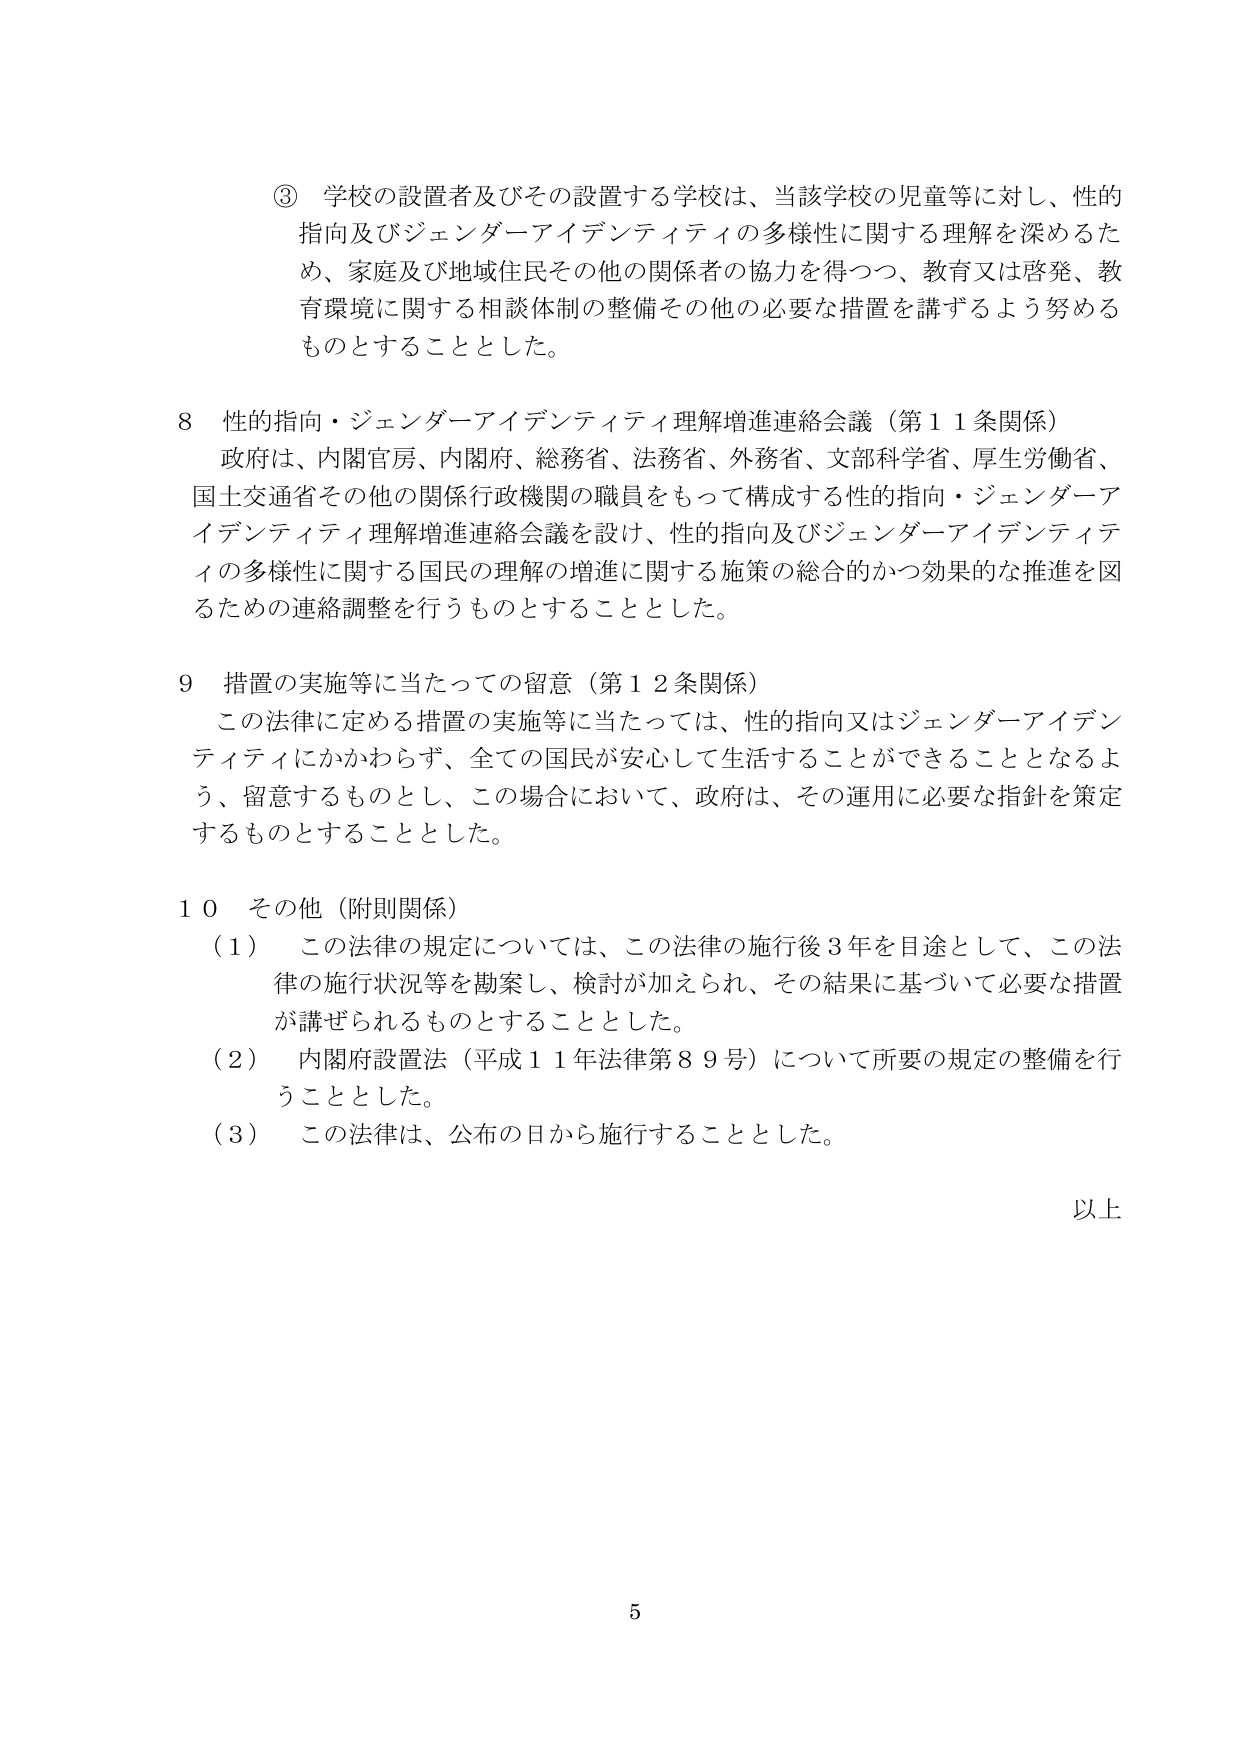
③ 学校の設置者及びその設置する学校は、当該学校の児童等に対し、性的指向及びジェンダーイデンティティの多様性に関する理解を深めるため、家庭及び地域住民その他の関係者の協力を得つつ、教育又は啓発、教育環境に関する相談体制の整備その他必要な措置を講ずるよう努めるものとすることとした。

8 性的指向・ジェンダーイデンティティ理解増進連絡会議（第11条関係）
政府は、内閣官房、内閣府、総務省、法務省、外務省、文部科学省、厚生労働省、国土交通省その他の関係行政機関の職員をもって構成する性的指向・ジェンダーイデンティティ理解増進連絡会議を設け、性的指向及びジェンダーイデンティティの多様性に関する国民の理解の増進に関する施策の総合的かつ効果的な推進を図るための連絡調整を行うものとすることとした。

9 措置の実施等に当たっての留意（第12条関係）
この法律に定める措置の実施等に当たっては、性的指向又はジェンダーイデンティティにかかわらず、全ての国民が安心して生活することができるよう、留意するものとし、この場合において、政府は、その運用に必要な指針を策定するものとすることとした。

10 その他（附則関係）
（1） この法律の規定については、この法律の施行後3年を目途として、この法律の施行状況等を勘案し、検討が加えられ、その結果に基づいて必要な措置が講ぜられるものとすることとした。
（2） 内閣府設置法（平成11年法律第89号）について所要の規定の整備を行うこととした。
（3） この法律は、公布の日から施行することとした。

以上

5